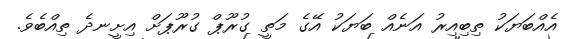
އެއްބަޔަކު ތިބިއިރު އަނެއް ބަޔަކު އޭގެ މަތީ ގުރޫޕް ގުރޫޕަށް އިށީނދެ ތިއްބެވެ.